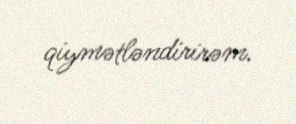
qiymətləndirirəm.